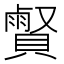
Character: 𧷧